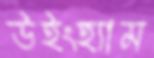
উইংহ্যাম